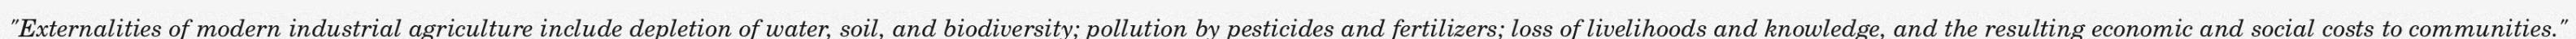
"Externalities of modern industrial agriculture include depletion of water, soil, and biodiversity; pollution by pesticides and fertilizers; loss of livelihoods and knowledge, and the resulting economic and social costs to communities."